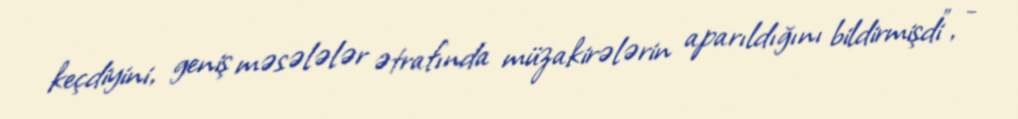
keçdiyini, geniş məsələlər ətrafında müzakirələrin aparıldığını bildirmişdi”, -